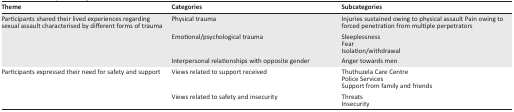
<table><thead><tr><td><b>Theme</b></td><td><b>Categories</b></td><td><b>Subcategories</b></td></tr></thead><tbody><tr><td>Participants shared their lived experiences regarding sexual assault characterised by different forms of trauma</td><td>Physical trauma</td><td>Injuries sustained owing to physical assault Pain owing to forced penetration from multiple perpetrators</td></tr><tr><td></td><td>Emotional/psychological trauma</td><td>SleeplessnessFearIsolation/withdrawal</td></tr><tr><td></td><td>Interpersonal relationships with opposite gender</td><td>Anger towards men</td></tr><tr><td>Participants expressed their need for safety and support</td><td>Views related to support received</td><td>Thuthuzela Care CentrePolice ServicesSupport from family and friends</td></tr><tr><td></td><td>Views related to safety and insecurity</td><td>ThreatsInsecurity</td></tr></tbody></table>